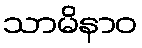
သာမိနာဝ